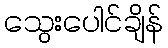
သွေးပေါင်ချိန်